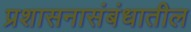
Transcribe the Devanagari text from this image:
प्रशासनासंबंधातील